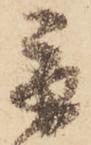
取